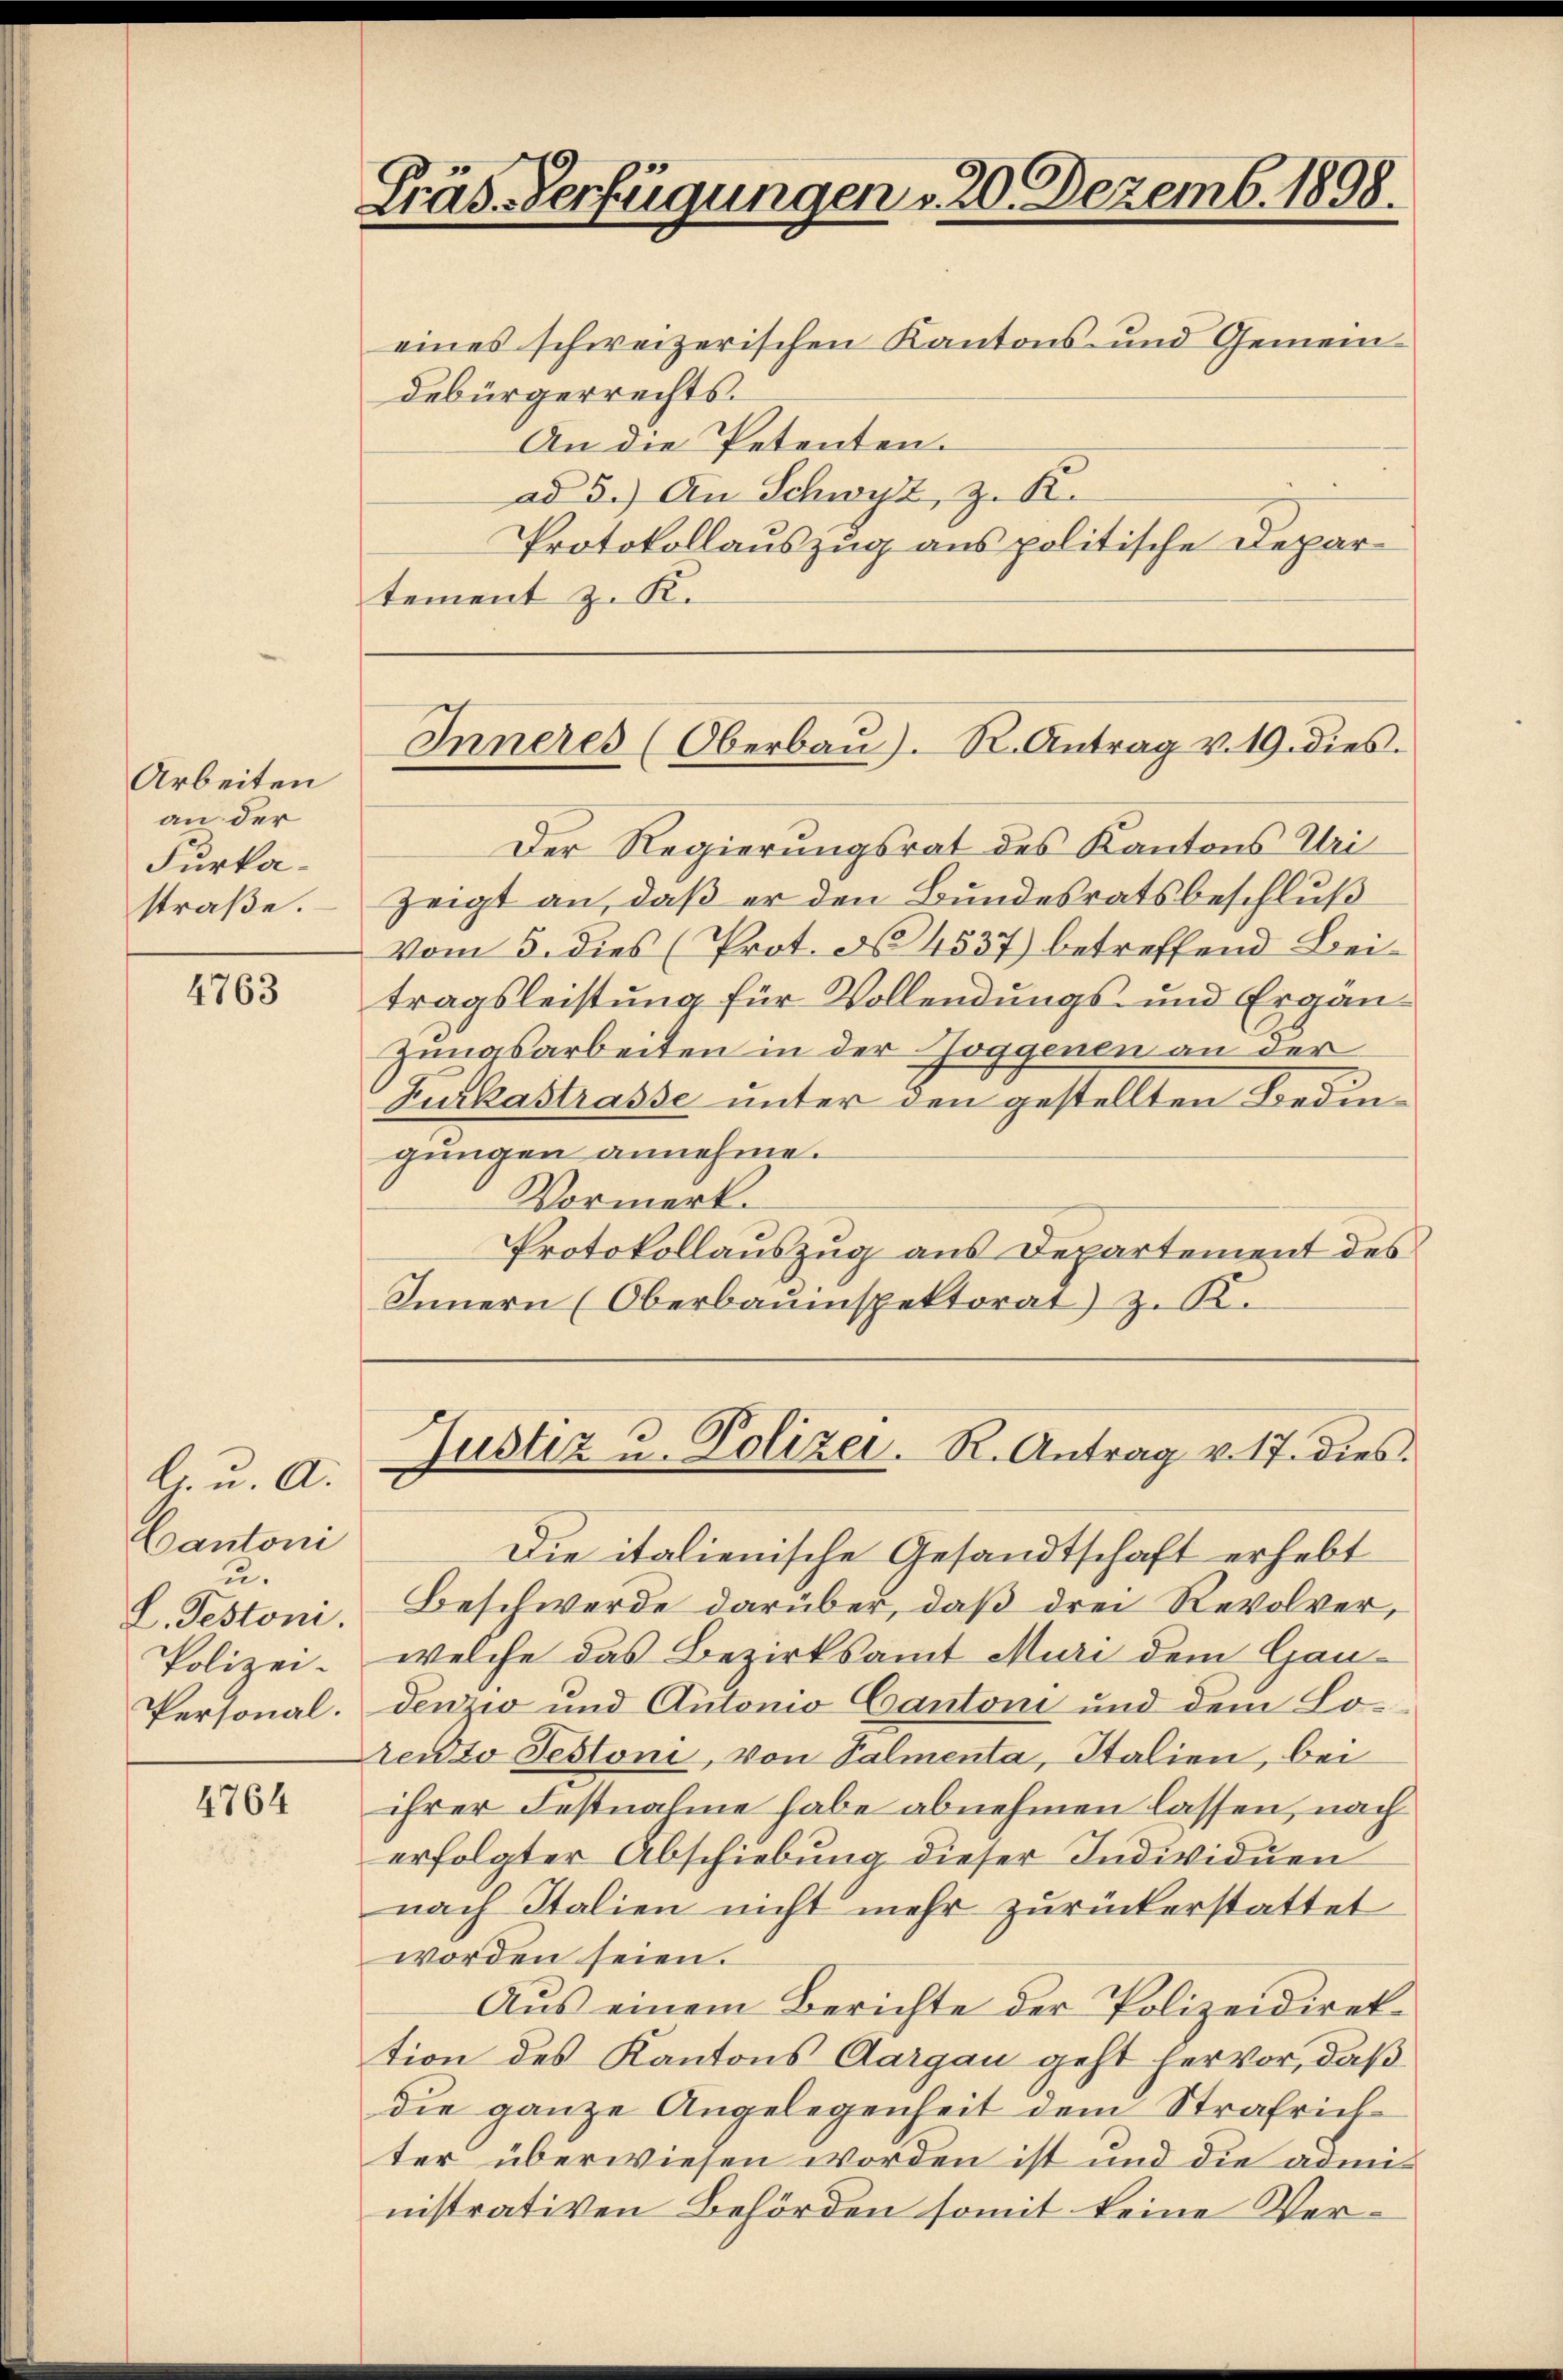
Arbeiten
an der
Furkastraβe.

4763

G. u. A.
Cantoni
u.
L. Teston.
Polizei.
Personal.

4764

Präs. Verfügungen , 20. Dezemb. 1898.

eines schweizerischen Kantons- und Gemeindebürgerrechts.
An die Petenten.
ad 5.) An Schwyz, z. R.
Protokollauszug aus politische Departement z. K.

Inneres (Oberbaŭ). R. Antrag v. 19. dies

Der Regierungsrat des Kantons Uri
Zeigt an, daß er den Bundesratsbeschluß
vom 5. dies (Prot. No 4537) betreffend Beitragsleistung für Vollendungs- und Ergänzungsarbeiten in der Hoggenen an der
Furkastrasse unter den gestellten Bedingungen annehme.
Vormerk.
Protokollauszug aus Departement des
Innern (Oberbauinspektorat) z. R.

Justiz u. Polizei. R. Antrag v. 17. dies

Die italienische Gesandtschaft erhebt
Beschwerde darüber, daß drei Revolver,
welche das Bezirksamt Muri dem Gandenzio und Autonio Cantoni und dem Lorento Pestoni, von Palmenta, Italien, bei
ihrer Festnahme habe abnehmen lassen, nach
erfolgter Abschiebung dieser Individuen
nach Italien nicht mehr zurückerstattet
worden seien.
Aus einem Berichte der Polizeidirektion des Kantons Aargau geht hervor, daß
die ganze Angelegenheit dem Strafrich
ter überwiesen worden ist und die administrativen Behörden somit keine Ver¬